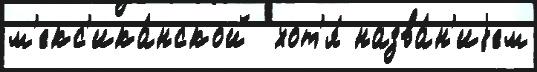
м'екс'ика́нской  хот'я́ назва́н'иjем